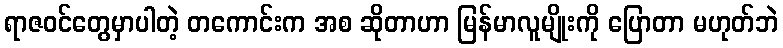
ရာဇဝင်တွေမှာပါတဲ့ တကောင်းက အစ ဆိုတာဟာ မြန်မာလူမျိုးကို ပြောတာ မဟုတ်ဘဲ